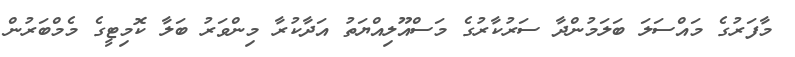
މާފަރުގެ މައްސަލަ ބަލަމުންދާ ސަރުކާރުގެ މަސްއޫލިއްޔަތު އަދާކުރާ މިންވަރު ބަލާ ކޮމިޓީގެ މެމްބަރުން